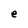
Character: e